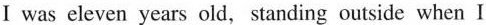
Ⅰ was cleven years old, standing outside when l